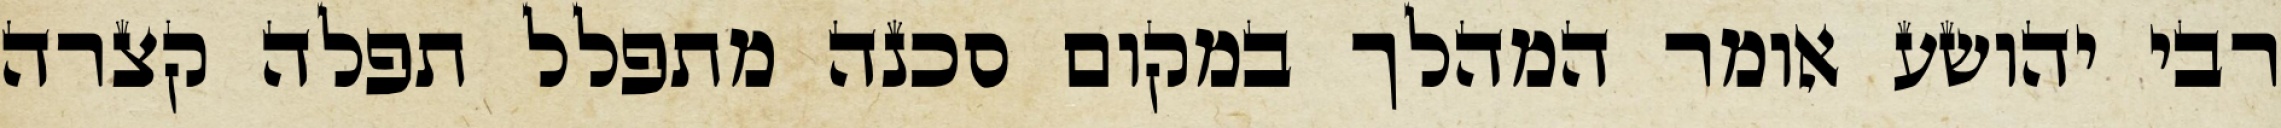
רבי יהושע אומר המהלך במקום סכנה מתפלל תפלה קצרה